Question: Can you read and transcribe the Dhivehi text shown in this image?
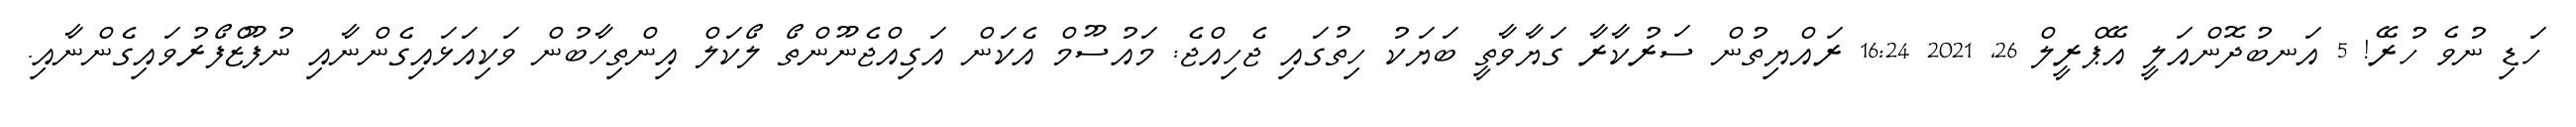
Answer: ހަޑި ނުވެ ހުރޭ! 5 އަނބުދޮންއަލީ އޭޕްރީލް 26, 2021 16:24 ރައްޔިތުން ސަރުކާރާ ގަޔާވާތީ ބަޔަކު ހިތުގައި ޖެހިއްޖެ: މައުސޫމް އެކަން އަގިއްޖެނޫންތޯ ލޯކަލް އިންތިހާބުން ވަކިއަޅައިގެންނާއި ނުފޫޒްފޯރުވައިގެންނާއި.